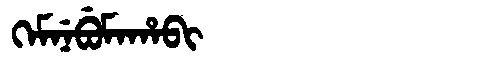
Manchu: ᡴᡝᠮᠨᡝᠪᡠᠮᠠᡥᠠᠪᡳ
Romanization: KEMNEBUMAHABI